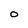
Character: O